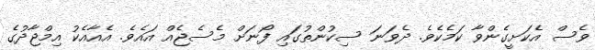
ވެސް އެކަށީގެންވާ ކަމެކެވެ. ދެވަނަ ސިކުންތުގައި ފޯނަށް މެސެޖެއް އައެވެ. އެއާއެކު އިމްޖާދުގެ